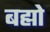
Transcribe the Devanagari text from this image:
बह्मो